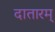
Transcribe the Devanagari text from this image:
दातारम्